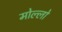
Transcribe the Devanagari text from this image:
मोल्लो